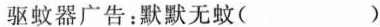
驱蚊器广告：默默无蚊()